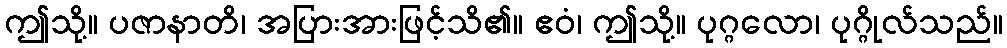
ဤသို့။ ပဇာနာတိ၊ အပြားအားဖြင့်သိ၏။ ဧဝံ၊ ဤသို့။ ပုဂ္ဂလော၊ ပုဂ္ဂိုလ်သည်။